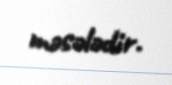
məsələdir.